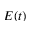
E ( t )